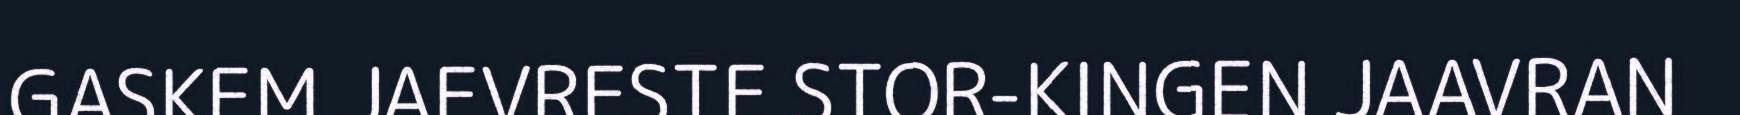
GASKEM JAEVRESTE STOR-KINGEN JAAVRAN